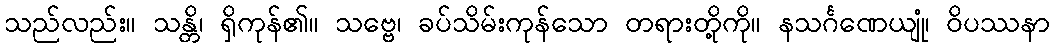
သည်လည်း။ သန္တိ၊ ရှိကုန်၏။ သဗ္ဗေ၊ ခပ်သိမ်းကုန်သော တရားတို့ကို။ နသင်္ဂဏေယျုံ၊ ဝိပဿနာ